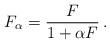
LaTeX: \begin{align*}F_\alpha = \frac{F}{1+\alpha F}\,.\end{align*}